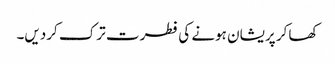
کھا کر پریشان ہونے کی فطرت ترک کردیں۔